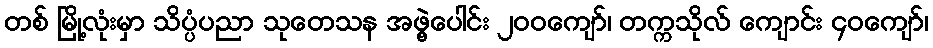
တစ် မြို့လုံးမှာ သိပ္ပံပညာ သုတေသန အဖွဲ့ပေါင်း ၂၀၀ကျော်၊ တက္ကသိုလ် ကျောင်း ၄၀ကျော်၊